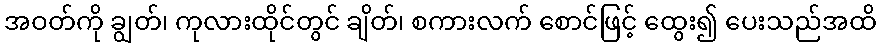
အဝတ်ကို ချွတ်၊ ကုလားထိုင်တွင် ချိတ်၊ စကားလက် စောင်ဖြင့် ထွေး၍ ပေးသည်အထိ